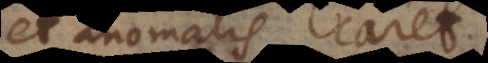
et anomalis caret.Itaque